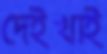
দেইখাই